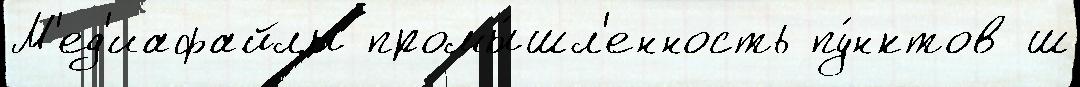
М'ед'иафайлы промы́шл'енность пу́нктов ш